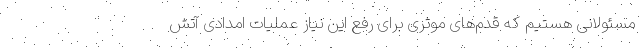
مسئولانی هستیم که قدم‌های موثری برای رفع این نیاز عملیات امدادی آتش